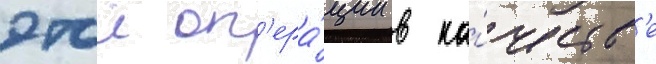
этои оп'ера́ции в ка́честв'е